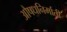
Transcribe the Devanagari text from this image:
औषधनिर्माती